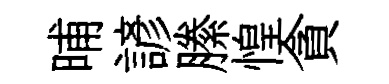
晡諺縢惶貪